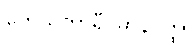
ကေသကာရီဝိမာနဝတ္ထု